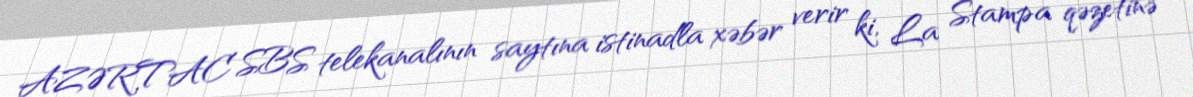
AZƏRTAC SBS telekanalının saytına istinadla xəbər verir ki, La Stampa qəzetinə